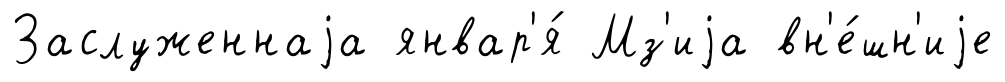
Заслуженнаjа январ'я́ Мз'иjа вн'е́шн'иjе